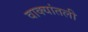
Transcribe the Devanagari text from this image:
वाक्यांतली